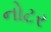
નોટર